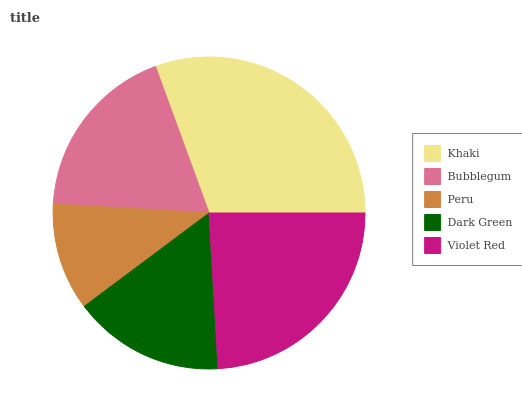
| Khaki | Bubblegum | Peru | Dark Green | Violet Red |
 | --- | --- | --- | --- | --- |
 | 30.6% | 18.5% | 11.2% | 15.7% | 24.1% |